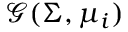
\mathcal G ( \Sigma , \mu _ { i } )